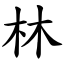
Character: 林